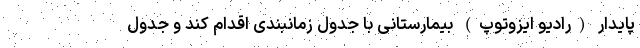
پایدار (رادیو ایزوتوپ) بیمارستانی با جدول زمانبندی اقدام کند و جدول